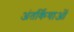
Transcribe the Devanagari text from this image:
अंतर्कियाओं